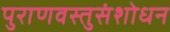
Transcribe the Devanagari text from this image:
पुराणवस्तुसंशोधन